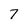
Character: 7